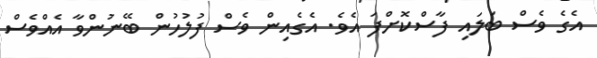
އެގެ ވެސް ބަލައި ފާސްކޮށްފަ އެވެ. އެގެއިން ވެސް ފުލުހުން ބޭނުންވާ އެއްވެސް